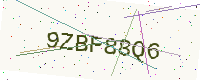
Text: 9ZBF88Q6